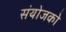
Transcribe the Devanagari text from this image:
संयोजको